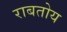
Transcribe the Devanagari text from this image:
राबतोय